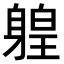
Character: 𨉤